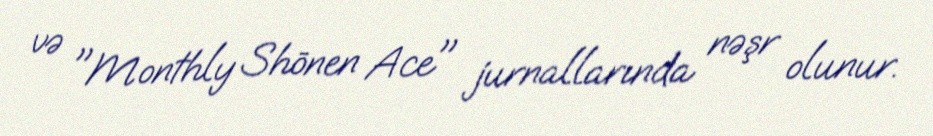
və "Monthly Shōnen Ace" jurnallarında nəşr olunur.